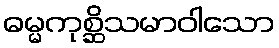
ဓမ္မကုစ္ဆိသမာဝါသော